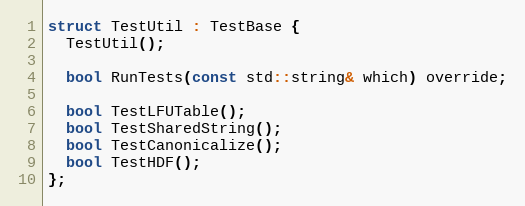
Language: C
struct TestUtil : TestBase {
  TestUtil();

  bool RunTests(const std::string& which) override;

  bool TestLFUTable();
  bool TestSharedString();
  bool TestCanonicalize();
  bool TestHDF();
};